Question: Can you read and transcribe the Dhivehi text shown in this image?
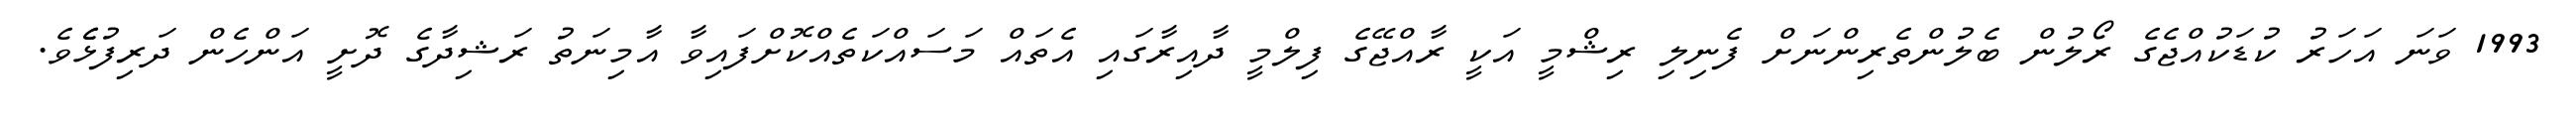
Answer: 1993 ވަނަ އަހަރު ކުޑަކުއްޖެގެ ރޯލުން ބެލުންތެރިންނަށް ފެނިލި ރިޝްމީ އަކީ ރާއްޖޭގެ ފިލްމީ ދާއިރާގައި އެތައް މަސައްކަތެއްކޮށްފައިވާ އާމިނަތު ރަޝިދާގެ ދޮށީ އަންހެން ދަރިފުޅެެވެ.